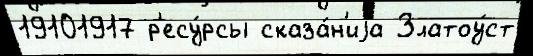
19101917 р'есу́рсы сказа́н'иjа Златоу́ст